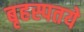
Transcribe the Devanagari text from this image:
बृहस्पतये